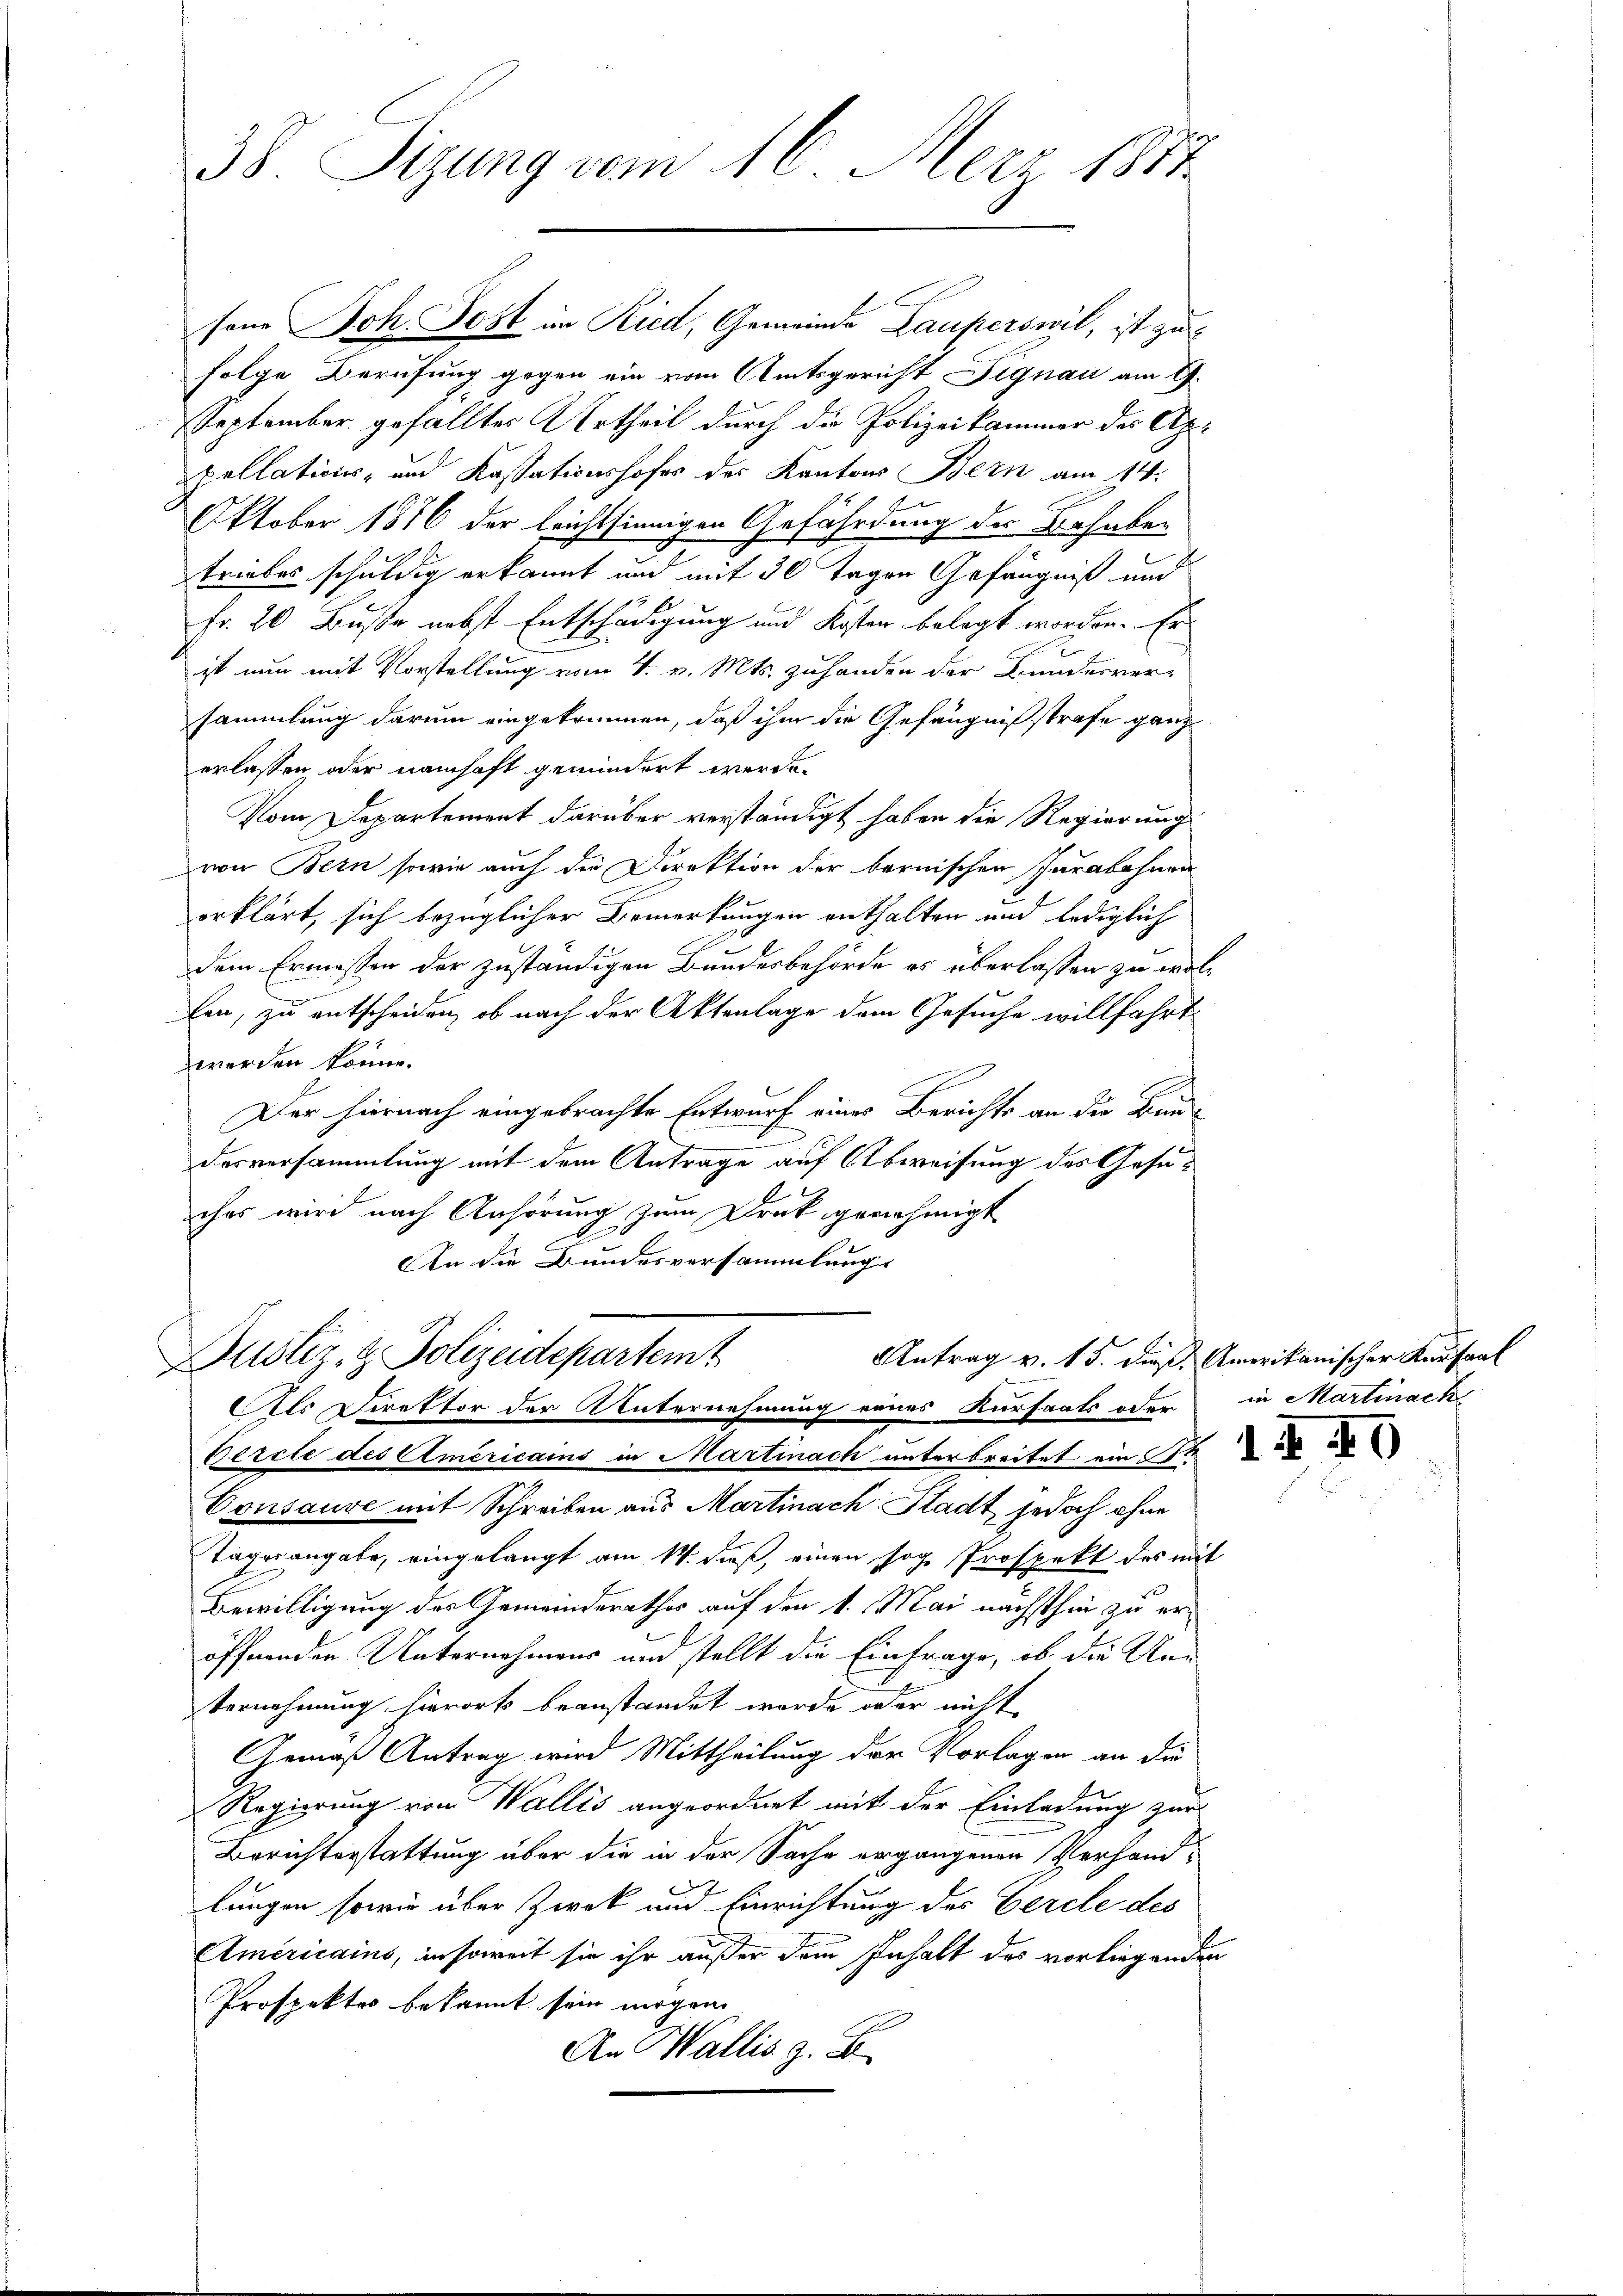
38. Sizung vom 16. Merz 1882

sene Joh. Jost im Ried, Gemeinde Lauperswil, ist zufolge Berufung gegen ein vom Amtsgericht Signau am G
September gefälltes Urtheil durch die Polizeikammer des Appellations- und Kassationshofes des Kantons Bern am 14.
Oktober 1876 der leichtsinnigen Gefährdung der Bahnbe-
triebes schuldig erkannt und mit 30 Tagen Gefängniß und
Fr. 20 Busse nebst Entschädigung und Kosten belegt worden. Er
ist nun mit Vorstellung vom 4. v. Mts. zuhanden der Bundesver-
sammlung darum eingekommen, daß ihm die Gefängnißstrafe ganz
erlassen oder namhaft gemindert werde.
Vom Departement darüber verständigt haben die Regierung
von Bern sowie auch die Direktion der bernischen Jurabohnen
erklärt, sich bezüglicher Bemerkungen enthalten und lediglich
dem Ermessen der zuständigen Bundesbehörde es überlassen zu wollen, zu entscheiden, ob nach der Aktenlage dem Gesuche willfahrt
werden könne.
Der hiernach eingebrachte Entwurf eines Berichts an die Bau-
h
desversammlung mit dem Antrage auf Abweisung des Geseches wird nach Anhörung zum Druk genehmigt
An die Bundesversammlung
Antrag v. 15. dieß Amerikanischer Kaufaal
Justiz- & Polizeidepartemt
Als Direktor der Unternehmung eines Kurfaats oder in Martinack
Cercle des Americains in Martinach unterbreitet ein Kra
Consause mit Schreiben aus Martinach Stadt jedoch ohne
Tagesangabe, eingelangt am 14. dieß, einen sog. Prospekt des mit
Bewilligung des Gemeinderathes auf den 1. Mai nächsthin zu eröffnenden Unternehmens und stellt die Einfrage, ob die Un¬
Vernehmung hierorts beanstandet wurde oder nicht
Gemäß Antrag wird Mittheilung der Vorlagen an die
Regierung von Wallis angeordnet mit der Einladung zur
Berichterstattung über die in der Sache ergangenen Verhandlungen sowie über Zweck und Einrichtung der Gercle des
Americains, in soweit sie ihr außer dem Inhalt des vorliegenden
Prospektor bekannt sein mögen.
An Wallis z. B.